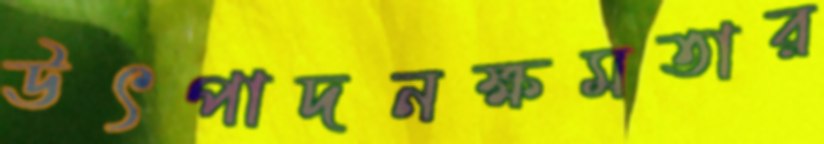
উৎপাদনক্ষমতার